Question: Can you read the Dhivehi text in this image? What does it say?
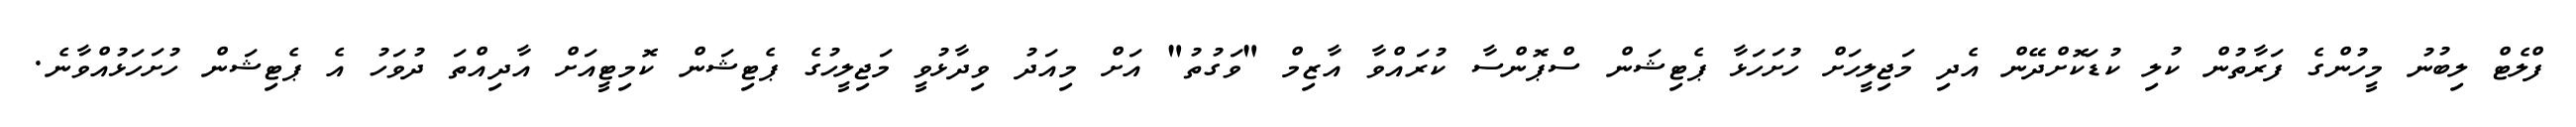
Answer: ފްލެޓް ލިބުނު މީހުންގެ ފަރާތުން ކުލި ކުޑަކޮށްދޭން އެދި މަޖިލީހަށް ހުށަހަޅާ ޕެޓިޝަން ސްޕޮންސާ ކުރައްވާ އާޒިމް "ވަގުތު" އަށް މިއަދު ވިދާޅުވީ މަޖިލީހުގެ ޕެޓިޝަން ކޮމިޓީއަށް އާދިއްތަ ދުވަހު އެ ޕެޓިޝަން ހުށަހަޅުއްވާނެ.